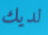
لديك